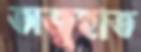
অজুহাত